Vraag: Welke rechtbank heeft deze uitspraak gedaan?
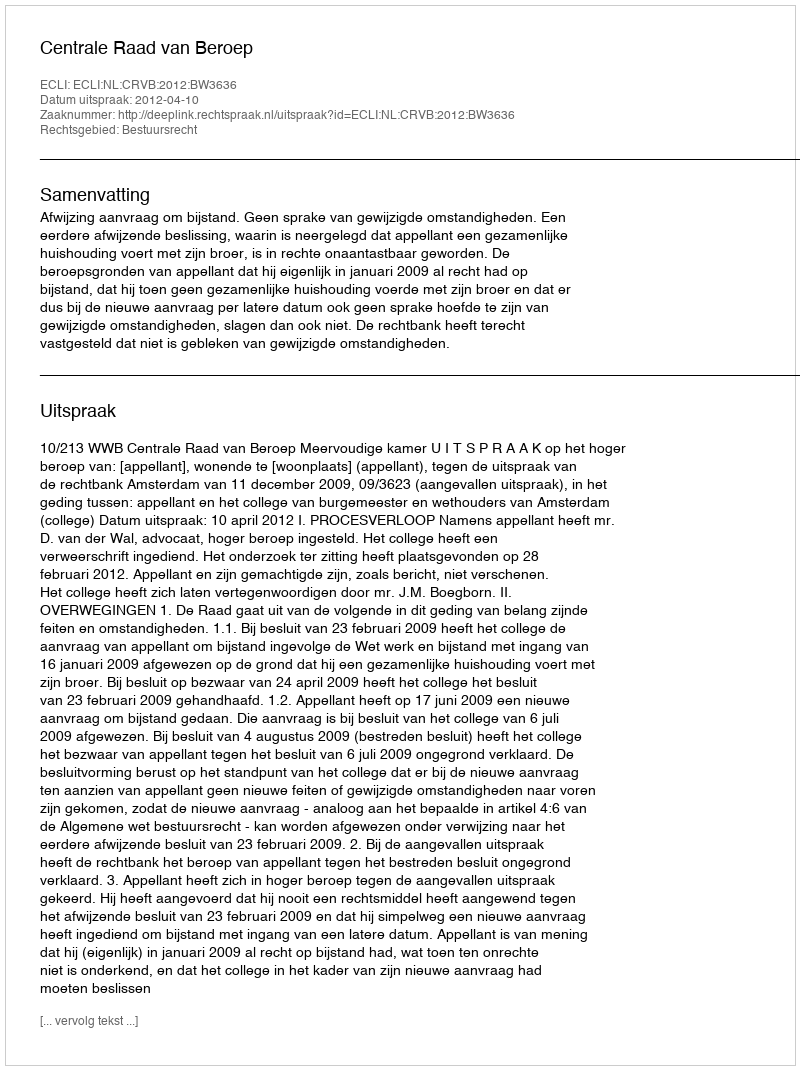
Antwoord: Centrale Raad van Beroep